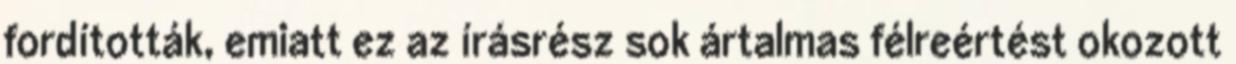
fordították, emiatt ez az írásrész sok ártalmas félreértést okozott